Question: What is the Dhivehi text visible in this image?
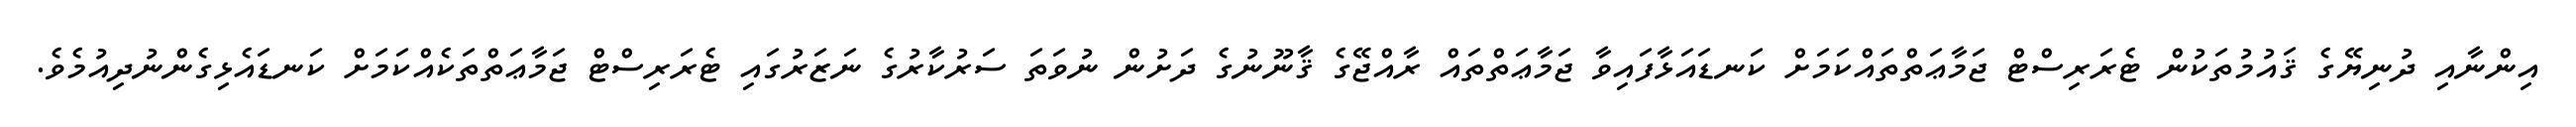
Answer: އިންނާއި ދުނިޔޭގެ ޤައުމުތަކުން ޓެރަރިސްޓް ޖަމާޢަތްތައްކަމަށް ކަނޑައަޅާފައިވާ ޖަމާޢަތްތައް ރާއްޖޭގެ ޤާނޫނުގެ ދަށުން ނުވަތަ ސަރުކާރުގެ ނަޒަރުގައި ޓެރަރިސްޓް ޖަމާޢަތްތަކެއްކަމަށް ކަނޑައެޅިގެންނުދިއުމެވެ.